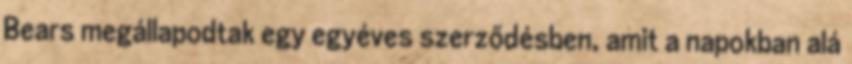
Bears megállapodtak egy egyéves szerződésben, amit a napokban alá